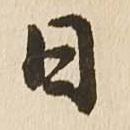
日